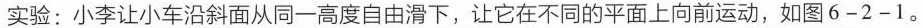
实验：小李让小车沿斜面从同一高度自由滑下，让它在不同的平面上向前运动，如图 6 - 2 - 1。